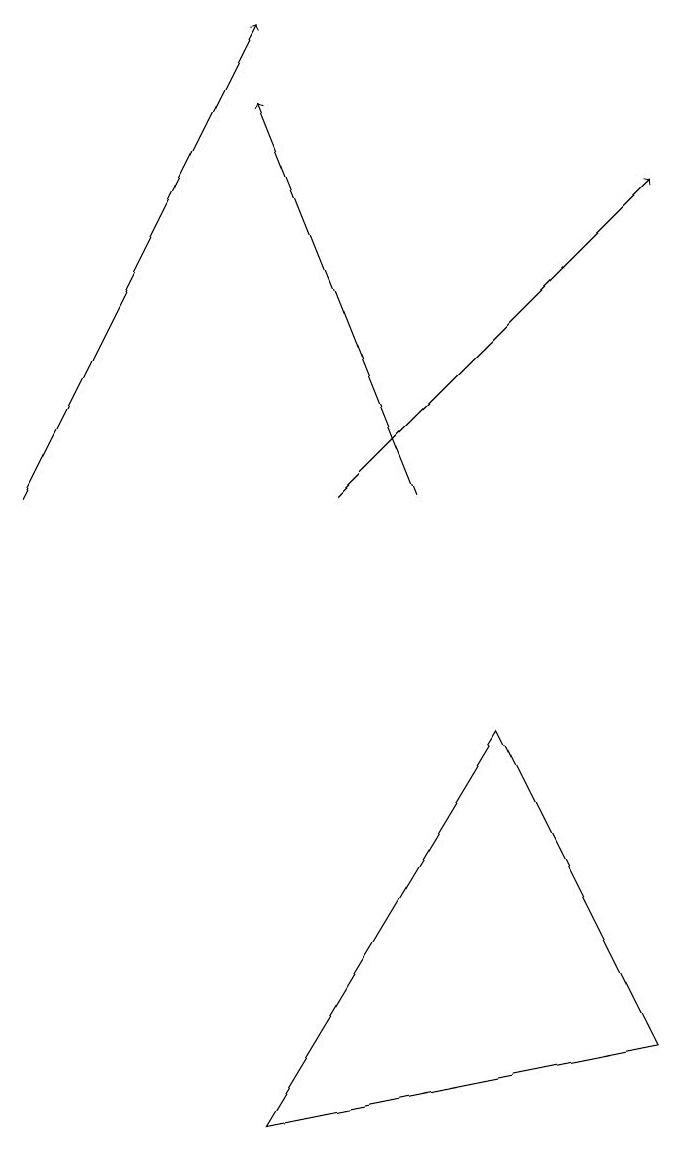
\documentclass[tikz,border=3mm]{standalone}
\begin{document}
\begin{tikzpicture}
\draw (4,3) -- (7,8) -- (9,4) -- cycle;
\draw[->] (1,11) -- (4,17);
\draw[->] (6,11) -- (4,16);
\draw[->] (5,11) -- (9,15);
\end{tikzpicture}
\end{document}